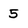
Character: 5